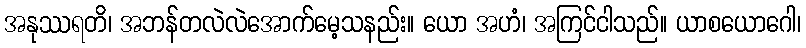
အနုဿရတိ၊ အဘန်တလဲလဲအောက်မေ့သနည်း။ ယော အဟံ၊ အကြင်ငါသည်။ ယာစယောဂေါ၊